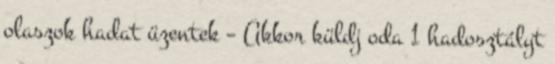
olaszok hadat üzentek – Akkor küldj oda 1 hadosztályt